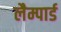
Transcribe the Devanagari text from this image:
लैम्पार्ड